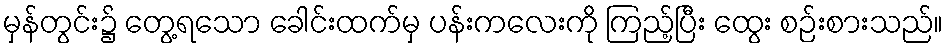
မှန်တွင်း၌ တွေ့ရသော ခေါင်းထက်မှ ပန်းကလေးကို ကြည့်ပြီး ထွေး စဉ်းစားသည်။